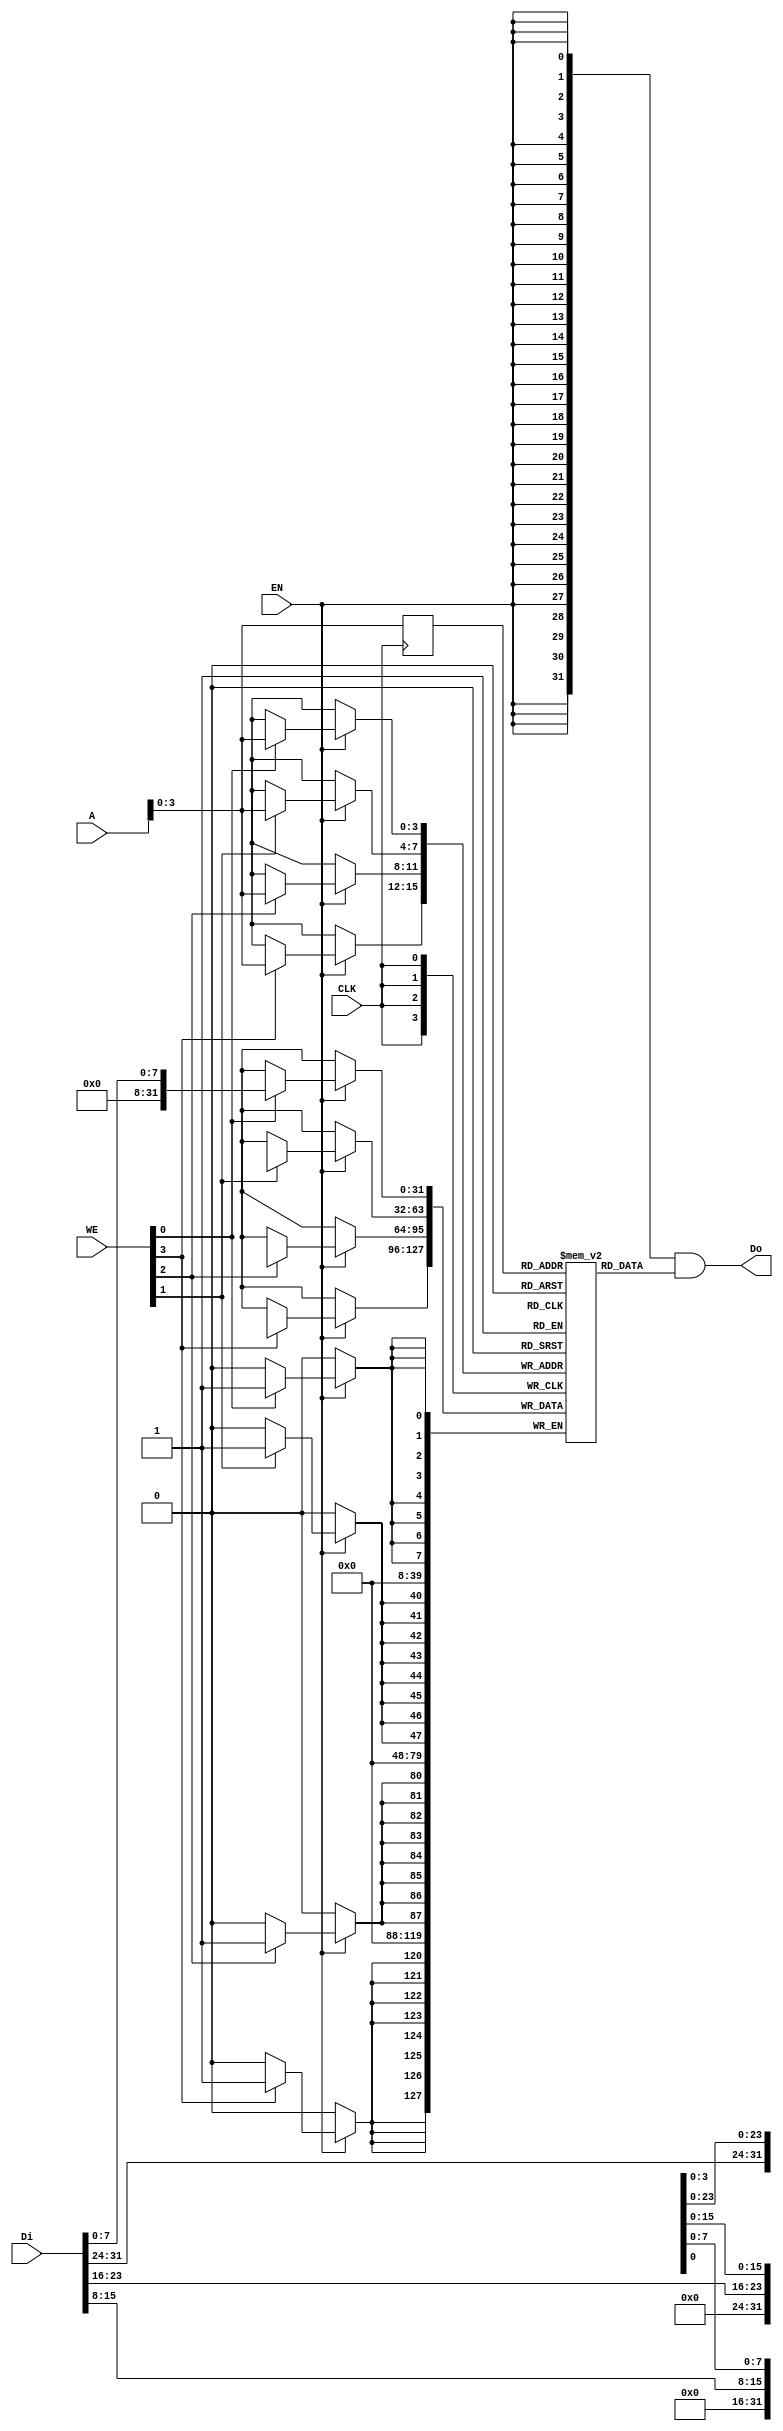
// bram behavior code (can't be synthesis)
// 11 words
module bram11 
(
    CLK,
    WE,
    EN,
    Di,
    Do,
    A
);

    input   wire            CLK;
    input   wire    [3:0]   WE;     //need 4'b1111 for write
    input   wire            EN;     //EN=1 write, EN=0 read
    input   wire    [31:0]  Di;
    output  wire     [31:0]  Do;
    input   wire    [11:0]   A; 

    //  11 words
	reg [31:0] RAM[0:10];
    reg [11:0] r_A;

    always @(posedge CLK) begin
        r_A <= A;
    end
    
    assign Do = {32{EN}} & RAM[r_A];    // read

    reg [31:0] Temp_D;
    always @(posedge CLK) begin
        if(EN) begin
	        if(WE[0]) RAM[A][7:0] <= Di[7:0];
            if(WE[1]) RAM[A][15:8] <= Di[15:8];
            if(WE[2]) RAM[A][23:16] <= Di[23:16];
            if(WE[3]) RAM[A][31:24] <= Di[31:24];
        end
    end

endmodule